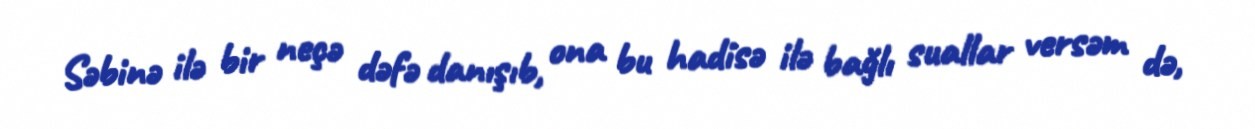
Səbinə ilə bir neçə dəfə danışıb, ona bu hadisə ilə bağlı suallar versəm də,